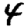
Digit: 4